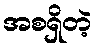
အစရှိတဲ့